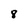
Character: 8